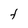
Character: t